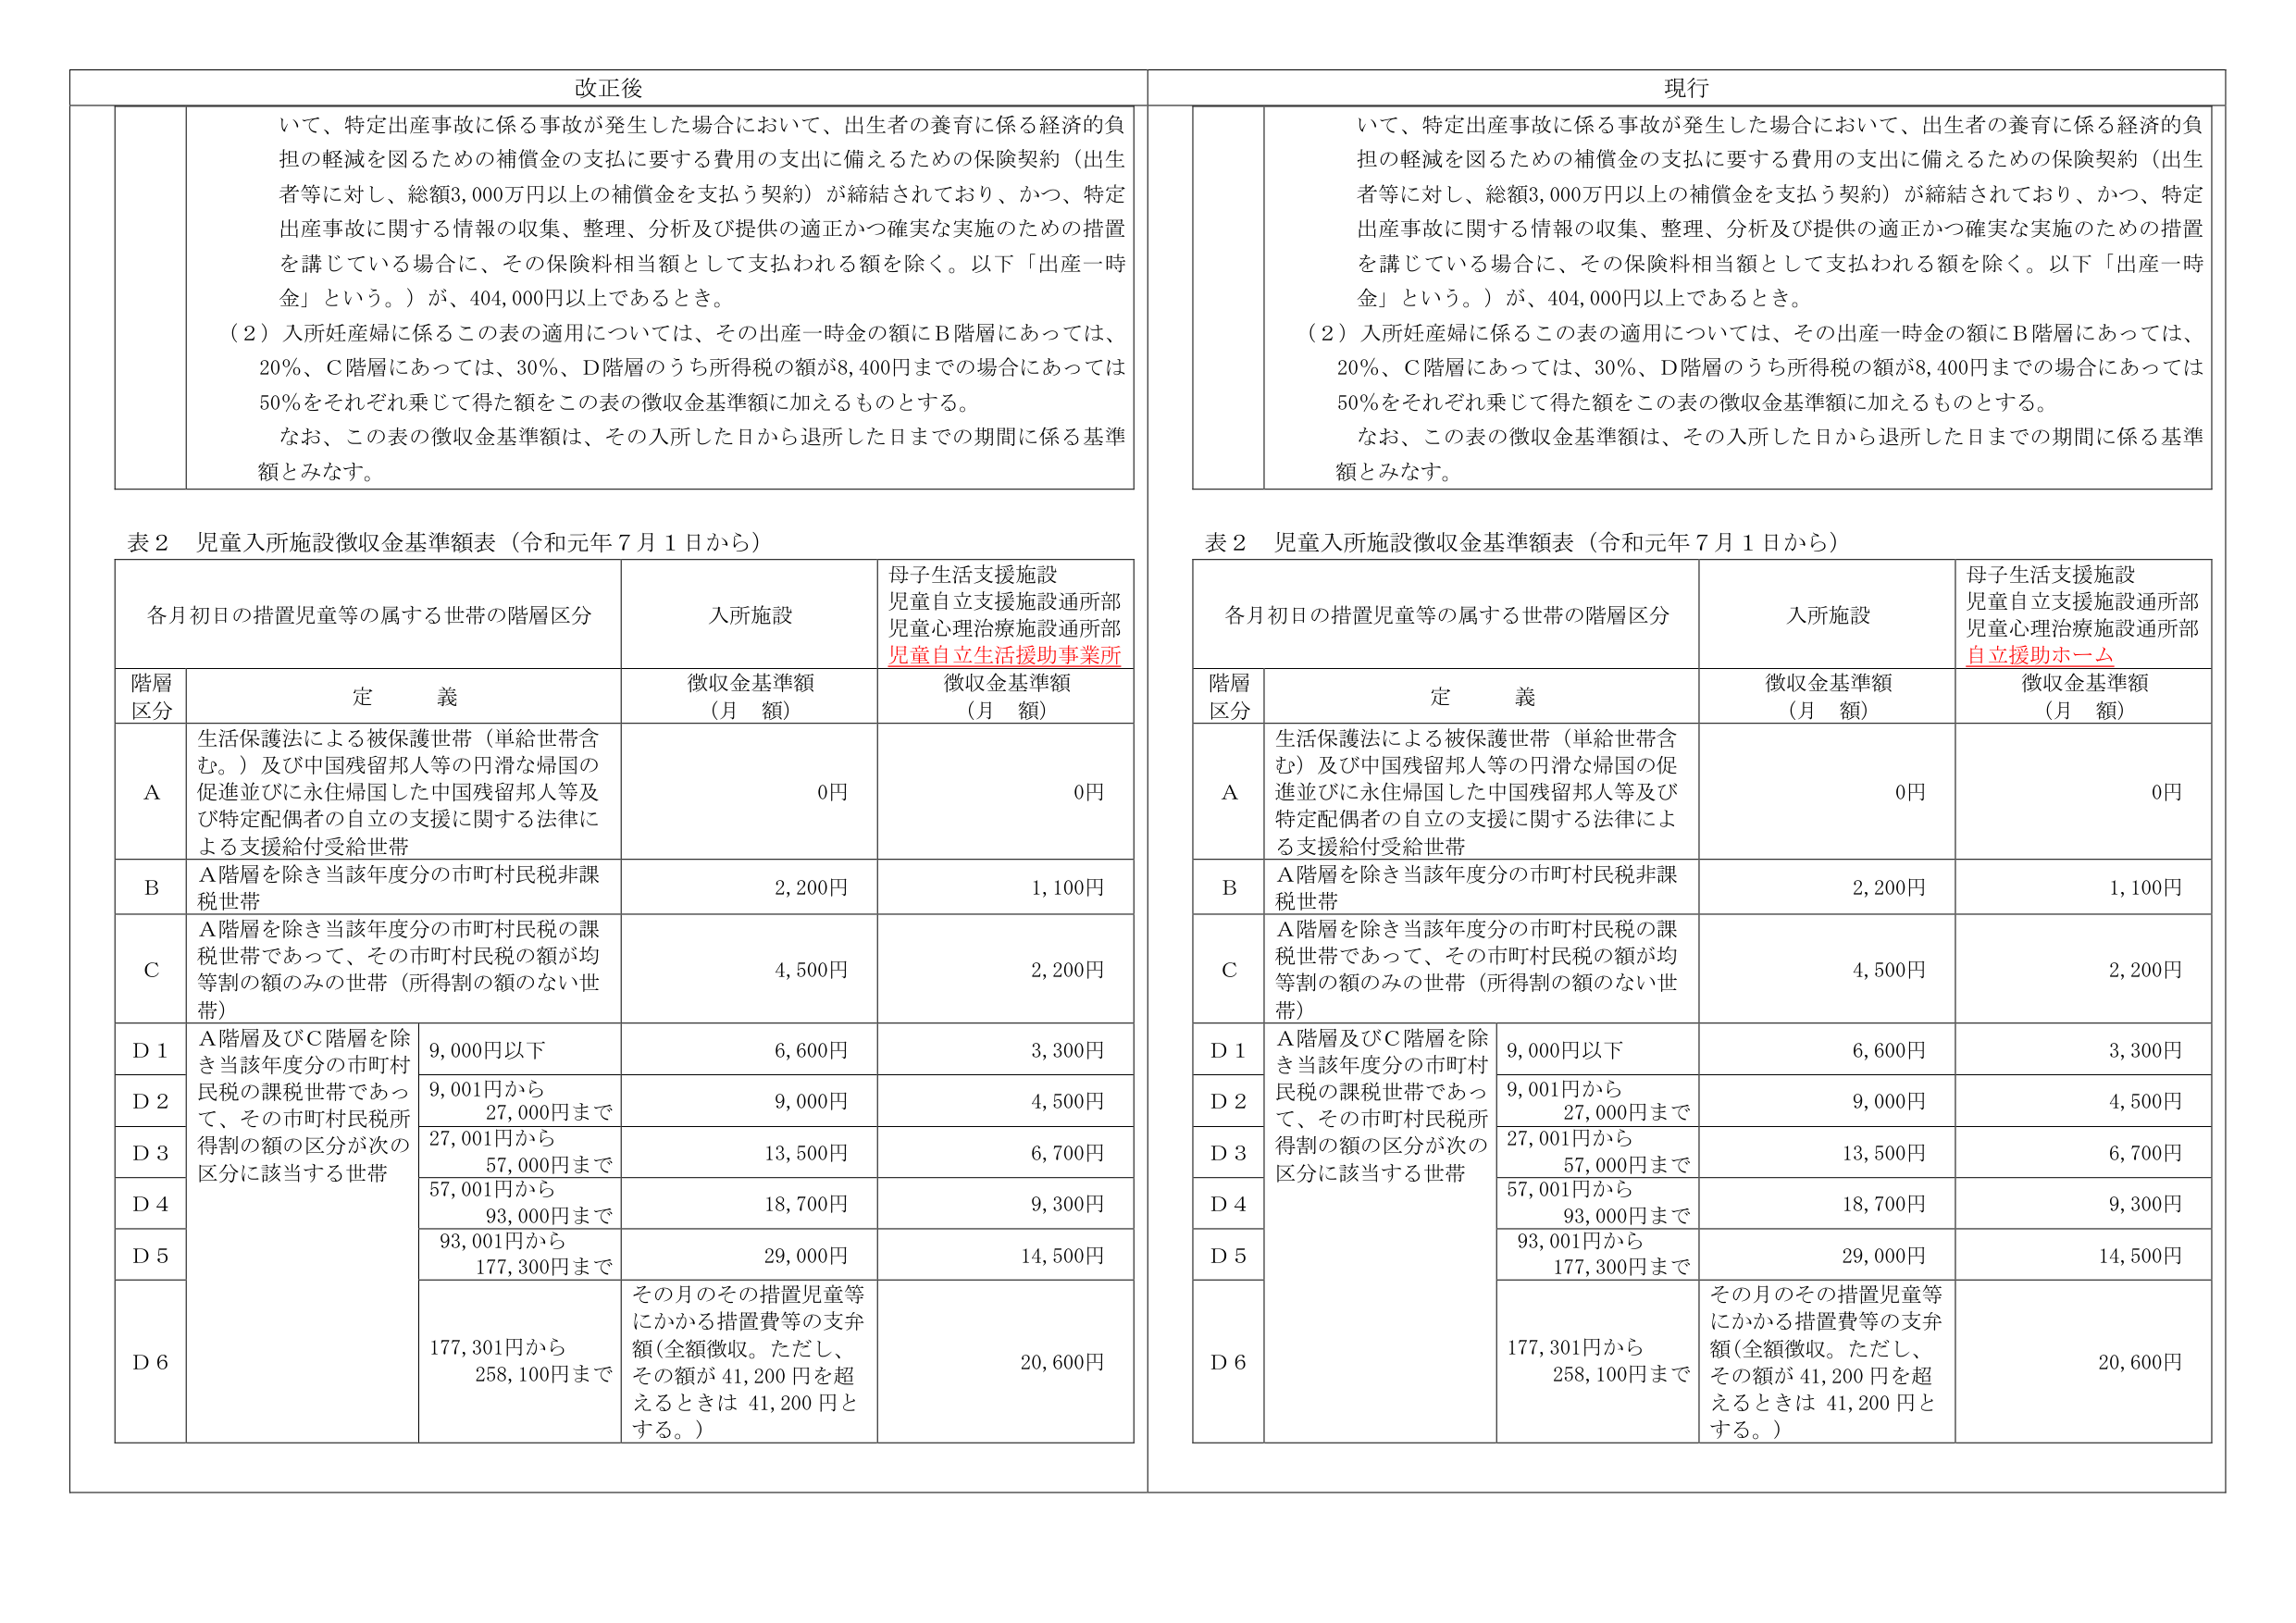
改正後

いて、特定出産事故に係る事故が発生した場合において、出生者の養育に係る経済的負担の軽減を図るための補償金の支払に要する費用の支出に備えるための保険契約（出生者等に対し、総額3,000万円以上の補償金を支払う契約）が締結されており、かつ、特定出産事故に関する情報の収集、整理、分析及び提供の適正かつ確実な実施のための措置を講じている場合に、その保険料相当額として支払われる額を除く。以下「出産一時金」という。）が、404,000円以上であるとき。

（2）入所妊産婦に係るこの表の適用については、その出産一時金の額にB階層にあっては、20％、C階層にあっては、30％、D階層のうち所得税の額が8,400円までの場合にあっては50％をそれぞれ乗じて得た額をこの表の徴収金基準額に加えるものとする。

なお、この表の徴収金基準額は、その入所した日から退所した日までの期間に係る基準額とみなす。

表2 児童入所施設徴収金基準額表（令和元年7月1日から）

各月初日の措置児童等の属する世帯の階層区分

入所施設

母子生活支援施設
児童自立支援施設通所部
児童心理治療施設通所部
児童自立生活援助事業所

階層区分

定義

徴収金基準額（月額）

徴収金基準額（月額）

A

生活保護法による被保護世帯（単給世帯含む。）及び中国残留邦人等の円滑な帰国の促進並びに永住帰国した中国残留邦人等及び特定配偶者の自立の支援に関する法律による支援給付受給世帯

0円

0円

B

A階層を除き当該年度分の市町村民税非課税世帯

2,200円

1,100円

C

A階層を除き当該年度分の市町村民税の課税世帯であって、その市町村民税の額が均等割の額のみの世帯（所得割の額のない世帯）

4,500円

2,200円

D1

A階層及びC階層を除き当該年度分の市町村民税の課税世帯であって、その市町村民税所得割の額の区分が次の区分に該当する世帯

9,000円以下

6,600円

3,300円

D2

9,001円から27,000円まで

9,000円

4,500円

D3

27,001円から57,000円まで

13,500円

6,700円

D4

57,001円から93,000円まで

18,700円

9,300円

D5

93,001円から177,300円まで

29,000円

14,500円

D6

177,301円から258,100円まで

その月のその措置児童等にかかる措置費等の支弁額（全額徴収。ただし、その額が41,200円を超えるときは41,200円とする。）

20,600円

現行

いて、特定出産事故に係る事故が発生した場合において、出生者の養育に係る経済的負担の軽減を図るための補償金の支払に要する費用の支出に備えるための保険契約（出生者等に対し、総額3,000万円以上の補償金を支払う契約）が締結されており、かつ、特定出産事故に関する情報の収集、整理、分析及び提供の適正かつ確実な実施のための措置を講じている場合に、その保険料相当額として支払われる額を除く。以下「出産一時金」という。）が、404,000円以上であるとき。

（2）入所妊産婦に係るこの表の適用については、その出産一時金の額にB階層にあっては、20％、C階層にあっては、30％、D階層のうち所得税の額が8,400円までの場合にあっては50％をそれぞれ乗じて得た額をこの表の徴収金基準額に加えるものとする。

なお、この表の徴収金基準額は、その入所した日から退所した日までの期間に係る基準額とみなす。

表2 児童入所施設徴収金基準額表（令和元年7月1日から）

各月初日の措置児童等の属する世帯の階層区分

入所施設

母子生活支援施設
児童自立支援施設通所部
児童心理治療施設通所部
自立援助ホーム

階層区分

定義

徴収金基準額（月額）

徴収金基準額（月額）

A

生活保護法による被保護世帯（単給世帯含む）及び中国残留邦人等の円滑な帰国の促進並びに永住帰国した中国残留邦人等及び特定配偶者の自立の支援に関する法律による支援給付受給世帯

0円

0円

B

A階層を除き当該年度分の市町村民税非課税世帯

2,200円

1,100円

C

A階層を除き当該年度分の市町村民税の課税世帯であって、その市町村民税の額が均等割の額のみの世帯（所得割の額のない世帯）

4,500円

2,200円

D1

A階層及びC階層を除き当該年度分の市町村民税の課税世帯であって、その市町村民税所得割の額の区分が次の区分に該当する世帯

9,000円以下

6,600円

3,300円

D2

9,001円から27,000円まで

9,000円

4,500円

D3

27,001円から57,000円まで

13,500円

6,700円

D4

57,001円から93,000円まで

18,700円

9,300円

D5

93,001円から177,300円まで

29,000円

14,500円

D6

177,301円から258,100円まで

その月のその措置児童等にかかる措置費等の支弁額（全額徴収。ただし、その額が41,200円を超えるときは41,200円とする。）

20,600円